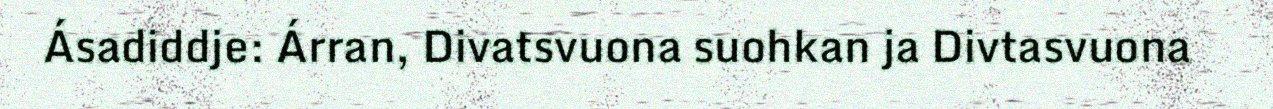
Ásadiddje: Árran, Divatsvuona suohkan ja Divtasvuona